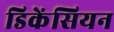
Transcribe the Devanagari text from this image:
डिकेंसियन